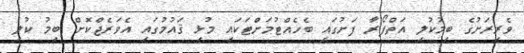
ވެރިރަށުގެ ބިމުކުލި އަތްފޯރާ ފަށުގައި ބެހެއްޓުމަށްޓަކައި މުޅި ޤައުމުގައި އެވަރެޖްކޮށް ބިމު ކުލި